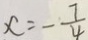
x = - \frac { 7 } { 4 }